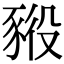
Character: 𧱕